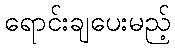
ရောင်းချပေးမည့်